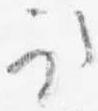
取